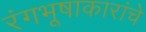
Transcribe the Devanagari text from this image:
रंगभूषाकारांचे